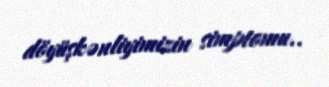
döyüşkənliyimizin simptomu..